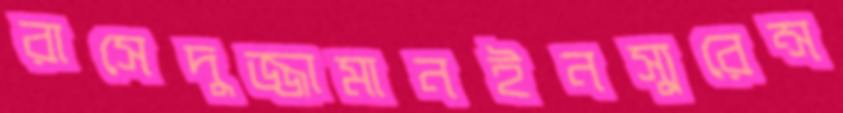
রাসেদুজ্জামানইনস্যুরেন্স